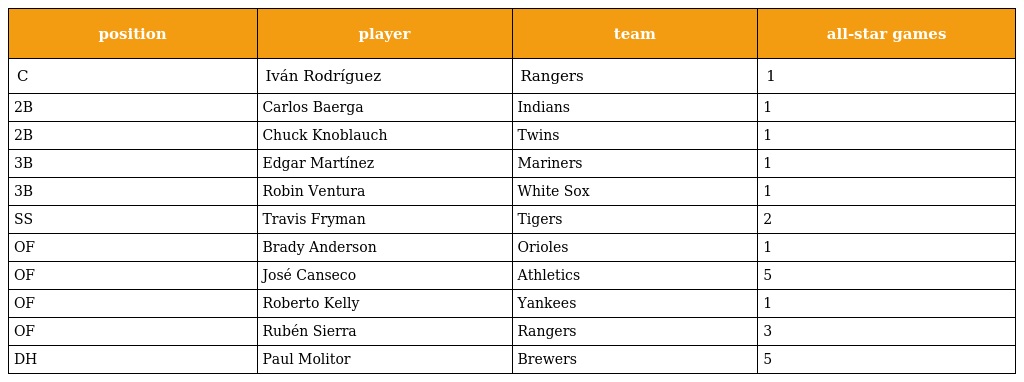
| position | player | team | all-star games |
 | --- | --- | --- | --- |
 | C | Iván Rodríguez | Rangers | 1 |
 | 2B | Carlos Baerga | Indians | 1 |
 | 2B | Chuck Knoblauch | Twins | 1 |
 | 3B | Edgar Martínez | Mariners | 1 |
 | 3B | Robin Ventura | White Sox | 1 |
 | SS | Travis Fryman | Tigers | 2 |
 | OF | Brady Anderson | Orioles | 1 |
 | OF | José Canseco | Athletics | 5 |
 | OF | Roberto Kelly | Yankees | 1 |
 | OF | Rubén Sierra | Rangers | 3 |
 | DH | Paul Molitor | Brewers | 5 |